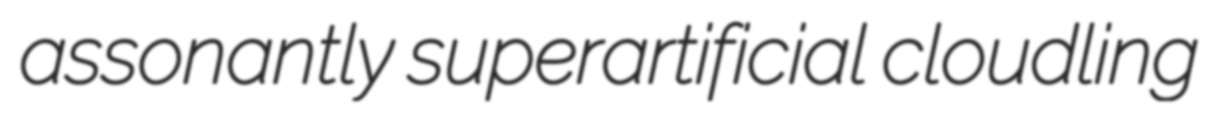
assonantly superartificial cloudling